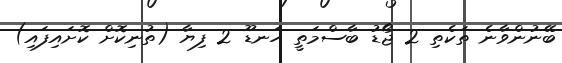
ބޭނުންވާނެ ތަކެތި 2 ޖޯޑު ބާސްމަތީ ހަނޑޫ 2 ފިޔާ (ތުނިކޮށް ކޮށައިފައި)